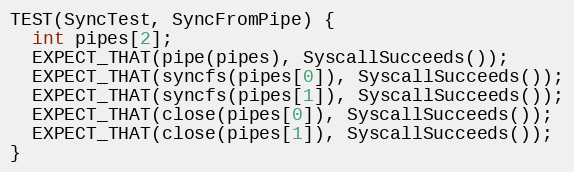
Language: C++
TEST(SyncTest, SyncFromPipe) {
  int pipes[2];
  EXPECT_THAT(pipe(pipes), SyscallSucceeds());
  EXPECT_THAT(syncfs(pipes[0]), SyscallSucceeds());
  EXPECT_THAT(syncfs(pipes[1]), SyscallSucceeds());
  EXPECT_THAT(close(pipes[0]), SyscallSucceeds());
  EXPECT_THAT(close(pipes[1]), SyscallSucceeds());
}